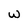
Character: w